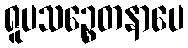
ရူပသဉ္စေတနာပေ